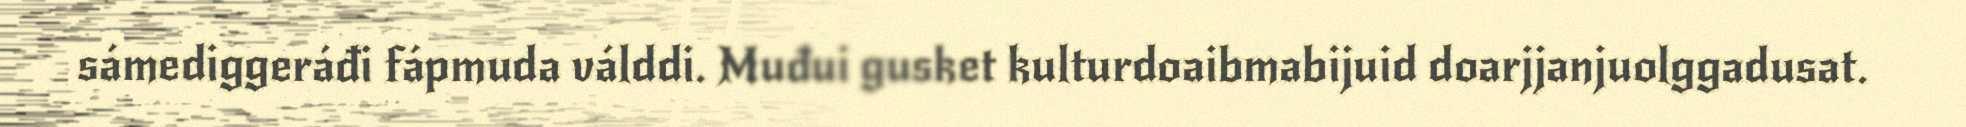
sámediggeráđi fápmuda válddi. Muđui gusket kulturdoaibmabijuid doarjjanjuolggadusat.